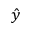
\hat { y }